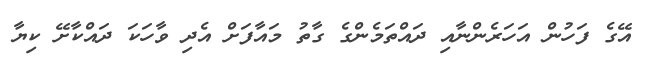
އޭގެ ފަހުން އަހަރެންނާއި ދައްތަމެންގެ ގާތު މައާފަށް އެދި ވާހަކަ ދައްކާށޭ ކިޔާ